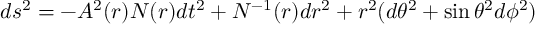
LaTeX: d s ^ { 2 } = - A ^ { 2 } ( r ) N ( r ) d t ^ { 2 } + N ^ { - 1 } ( r ) d r ^ { 2 } + r ^ { 2 } ( d \theta ^ { 2 } + \sin \theta ^ { 2 } d \phi ^ { 2 } )